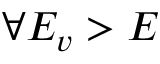
\forall E _ { v } > E